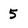
Character: 5